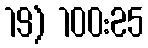
19) 100:25